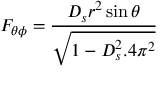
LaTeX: F _ { \theta \phi } = \frac { D _ { s } r ^ { 2 } \sin \theta } { \sqrt { 1 - D _ { s } ^ { 2 } . 4 \pi ^ { 2 } } }